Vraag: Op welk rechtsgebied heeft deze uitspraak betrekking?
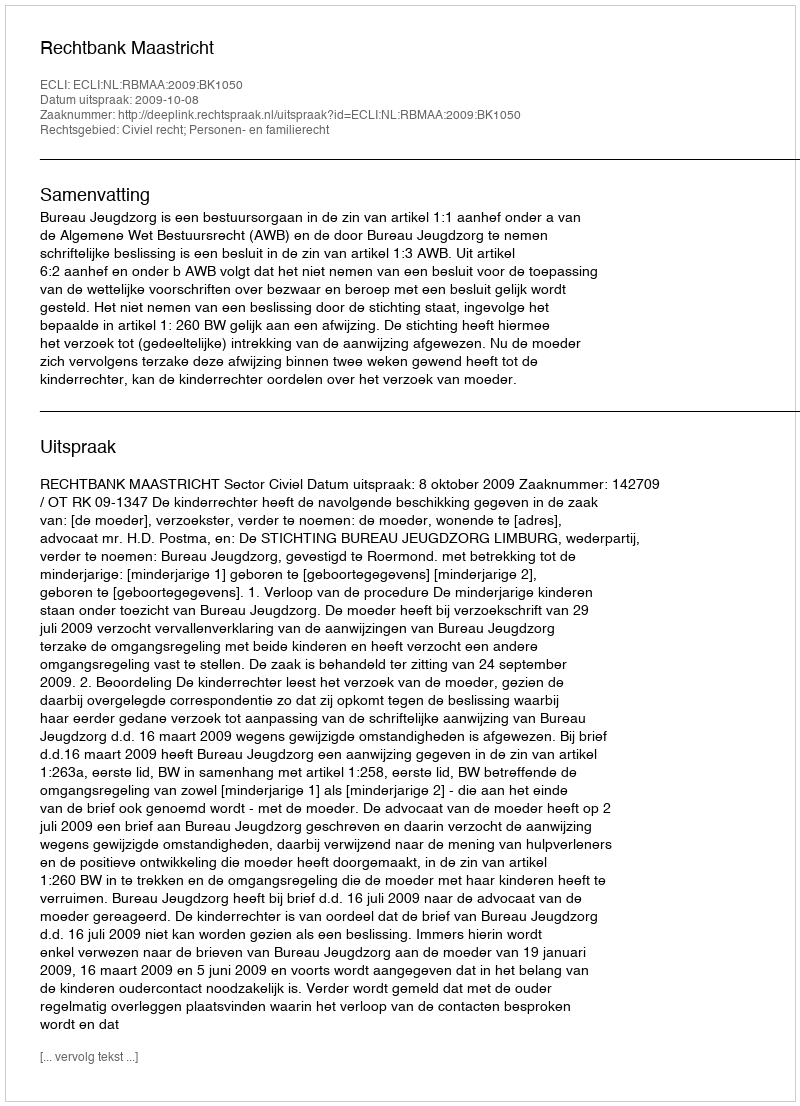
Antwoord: Civiel recht; Personen- en familierecht